Lunatic asylums Bombay report 1891-1903 - 1891-1903
Year: 1891
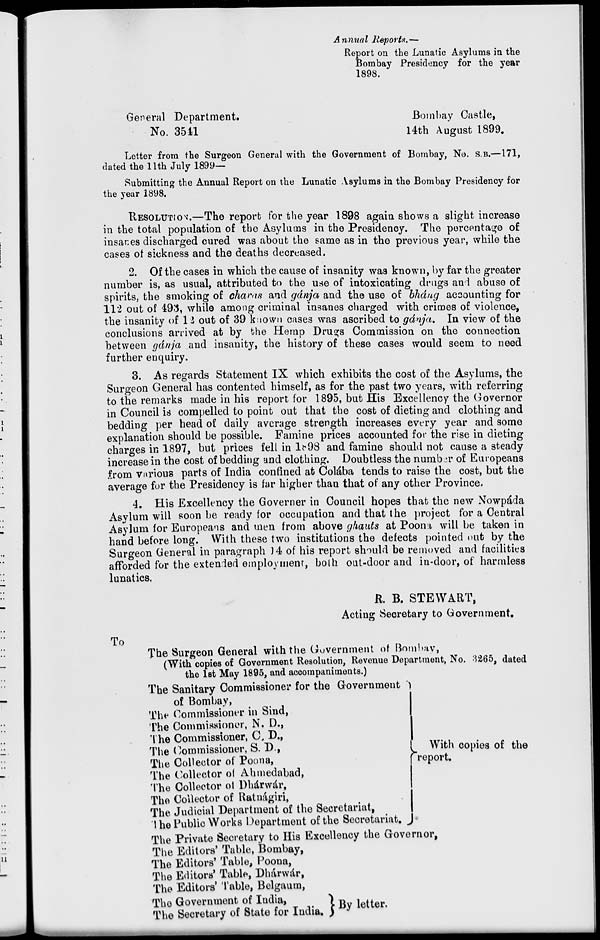
Annual Reports.—
Report on the Lunatic Asylums in the
Bombay Presidency for the year
1898.
General Department.
No. 3541
Bombay Castle,
14th August 1899.
Letter from the Surgeon General with the Government of Bombay, No. S.B.—171,
dated the 11th July 1899—
Submitting the Annual Report on the Lunatic Asylums in the Bombay Presidency for
the year 1898.
RESOLUTION.—The report for the year 1898 again shows a slight increase
in the total population of the Asylums in the Presidency. The percentage of
insanes discharged cured was about the same as in the previous year, while the
cases of sickness and the deaths decreased.
2. Of the cases in which the cause of insanity was known, by far the greater
number is, as usual, attributed to the use of intoxicating drugs and abuse of
spirits, the smoking of charas and gánja and the use of bháng accounting for
112 out of 493, while among criminal insanes charged with crimes of violence,
the insanity of 12 out of 39 known cases was ascribed to gánja. In view of the
conclusions arrived at by the Hemp Drugs Commission on the connection
between gánja and insanity, the history of these cases would seem to need
further enquiry.
3. As regards Statement IX which exhibits the cost of the Asylums, the
Surgeon General has contented himself, as for the past two years, with referring
to the remarks made in his report for 1895, but His Excellency the Governor
in Council is compelled to point out that the cost of dieting and clothing and
bedding per head of daily average strength increases every year and some
explanation should be possible. Famine prices accounted for the rise in dieting
charges in 1897, but prices fell in 1898 and famine should not cause a steady
increase in the cost of bedding and clothing. Doubtless the number of Europeans
from various parts of India confined at Colába tends to raise the cost, but the
average for the Presidency is far higher than that of any other Province.
4. His Excellency the Governer in Council hopes that the new Nowpáda
Asylum will soon be ready for occupation and that the project for a Central
Asylum for Europeans and men from above ghauts at Poona will be taken in
hand before long. With these two institutions the defects pointed out by the
Surgeon General in paragraph 14 of his report should be removed and facilities
afforded for the extended employment, both out-door and in-door, of harmless
lunatics.
R. B. STEWART,
Acting Secretary to Government.
To
The Surgeon General with the Government of Bombay,
(With copies of Government Resolution, Revenue Department, No. 3265, dated
the 1st May 1895, and accompaniments.)
The Sanitary Commissioner for the Government
of Bombay,
The Commissioner in Sind,
The Commissioner, N. D.,
The Commissioner,
The Commissioner, S. D.,
The Collector of Poona,
The Collector of Ahmedabad,
The Collector ot Dhárwár,
The Collector of Ratnágiri,
The Judicial Department of the Secretariat,
The Public Works Department of the Secretariat.
With copies of the
report.
The Private Secretary to His Excellency the Governor,
The Editors' Table, Bombay,
The Editors' Table, Poona,
The Editors' Table, Dhárwár,
The Editors' Table, Belgaum,
The Government of India,
The Secretary of State for India.
By letter.